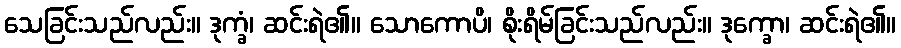
သေခြင်းသည်လည်း။ ဒုက္ခံ၊ ဆင်းရဲ၏။ သောကောပိ၊ စိုးရိမ်ခြင်းသည်လည်း။ ဒုက္ခော၊ ဆင်းရဲ၏။